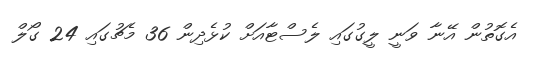
އެގޮތުން އޭނާ ވަނީ ލީގުގައި ލެސްޓާއަށް ކުޅެދިން 36 މެޗުގައި 24 ގޯލް